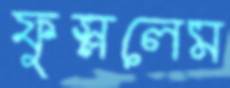
ফুস্‌ললেম